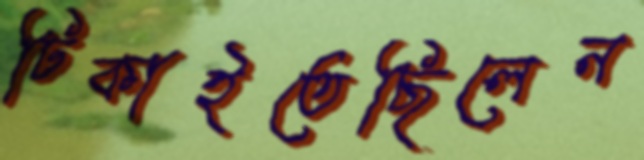
ঢিকাইতেছিলেন